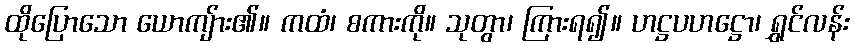
ထိုပြောသော ယောကျ်ား၏။ ကထံ၊ စကားကို။ သုတွာ၊ ကြားရ၍။ ဟဋ္ဌပဟဋ္ဌော၊ ရွှင်လန်း